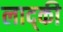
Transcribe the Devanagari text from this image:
लाद्की